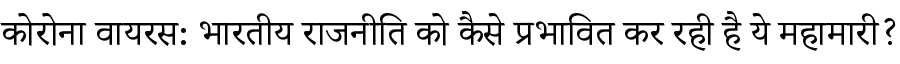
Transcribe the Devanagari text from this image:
कोरोना वायरस: भारतीय राजनीति को कैसे प्रभावित कर रही है ये महामारी?